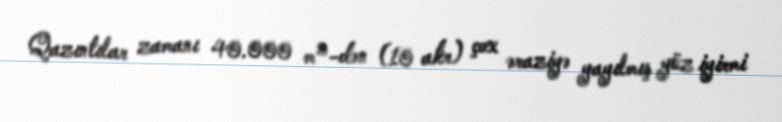
Qazıntılar zamanı 40.000 m²-dən (10 akr) çox əraziyə yayılmış yüz iyirmi